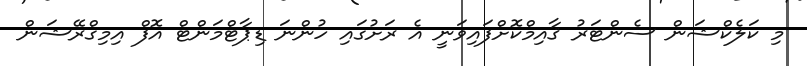
މި ކަލެކްޝަން ސެންޓަރު ޤާއިމްކޮށްފައިވަނީ އެ ރަށުގައި ހުންނަ ޑިޕާޓްމަންޓް އޮފް އިމިގްރޭޝަން